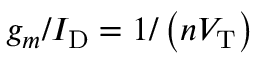
g _ { m } / I _ { \mathrm { D } } = 1 / \left( n V _ { \mathrm { T } } \right)